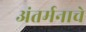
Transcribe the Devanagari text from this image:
अंतर्मनाचे